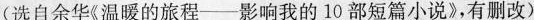
选自余华《温暖的旅程一影响我的10部短篇小说》,有删改